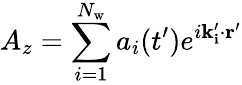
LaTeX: A_{z}=\sum_{i=1}^{N_{\mathrm{w}}}a_{i}(t^{\prime})e^{i\mathbf{k_{i}^{\prime}\cdot r^{\prime}}}